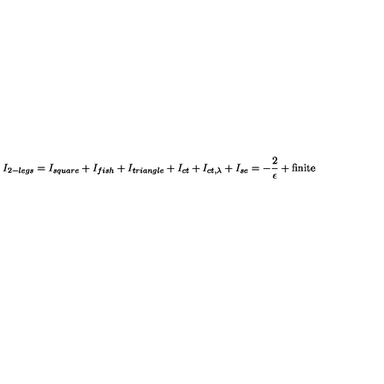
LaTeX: I _ { 2 - l e g s } = I _ { s q u a r e } + I _ { f i s h } + I _ { t r i a n g l e } + I _ { c t } + I _ { c t , \lambda } + I _ { s e } = - { \frac { 2 } { \epsilon } } + \mathrm { f i n i t e }